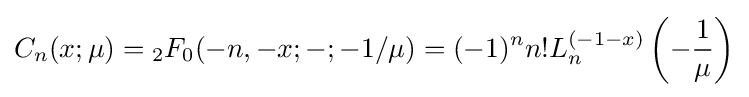
C_{n}(x;\mu )={}_{2}F_{0}(-n,-x;-;-1/\mu )=(-1)^{n}n!L_{n}^{(-1-x)}\left(-{\frac {1}{\mu }}\right)